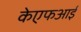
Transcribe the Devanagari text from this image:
केएफआई